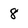
Character: 8